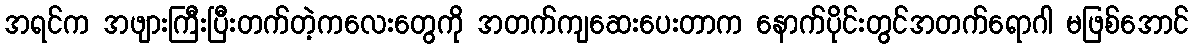
အရင်က အဖျားကြီးပြီးတက်တဲ့ကလေးတွေကို အတက်ကျဆေးပေးတာက နောက်ပိုင်းတွင်အတက်ရောဂါ မဖြစ်အောင်